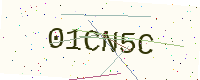
Text: 01CN5C